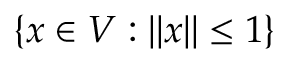
\{ x \in V : \| x \| \leq 1 \}